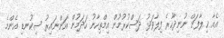
އެއާ ޚިލާފަށް ނުނިދާހުރެ ފިލާވަޅު ދަސްކުރުމުން އިމްތިހާނު ހަދަމުން އަންނައިރު ސިކުނޑި އެންމެ